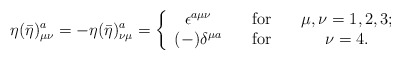
\begin{align*}\eta (\bar{\eta})_{\mu \nu }^a=-\eta (\bar{\eta})_{\nu \mu }^a=\left\{\begin{array}{ccc}\epsilon ^{a\mu \nu } & \quad {\rm for}\quad & \mu ,\nu =1,2,3; \\(-)\delta ^{\mu a} & \quad {\rm for}\quad & \nu =4.\end{array}\right.\end{align*}